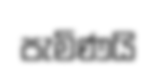
පැමිණයි